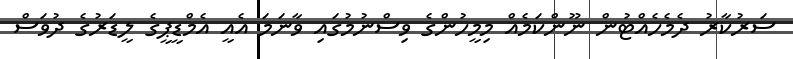
ސަރުކާރު ދެމެހެއްޓުން ނޫންކަމެއް މިމީހުންގެ ވިސްނުމުގައި ވާނަމަ އެއީ އެމްޑީޕީގެ ލީޑަރުގެ ދުވަސް